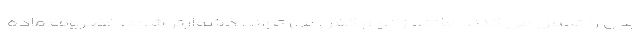
بدن را تحمل می کنند مانند زانو و کفل می تواند دشوارتر شود. غضروف ماده